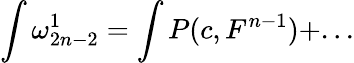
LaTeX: \int\omega_{2n-2}^{1}=\int P(c,F^{n-1})+...